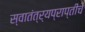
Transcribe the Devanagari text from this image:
स्वातंत्र्यप्राप्तीचे